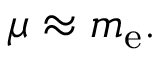
\mu \approx m _ { \mathrm { e } } .